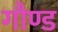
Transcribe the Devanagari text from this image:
गौण्ड